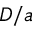
D / a